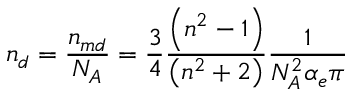
n _ { d } = \frac { n _ { m d } } { N _ { A } } = \frac { 3 } { 4 } \frac { \left( n ^ { 2 } - 1 \right) } { \left( n ^ { 2 } + 2 \right) } \frac { 1 } { N _ { A } ^ { 2 } \alpha _ { e } \pi }